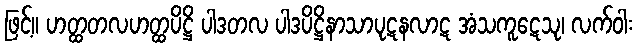
ဖြင့်။ ဟတ္ထတလဟတ္ထပိဋ္ဌိ ပါဒတလ ပါဒပိဋ္ဌိနာသာပုဋနလာဋ အံသကူဋေသု၊ လက်ဝါး